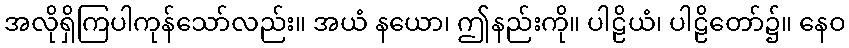
အလိုရှိကြပါကုန်သော်လည်း။ အယံ နယော၊ ဤနည်းကို။ ပါဠိယံ၊ ပါဠိတော်၌။ နေဝ